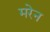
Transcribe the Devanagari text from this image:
मरेन